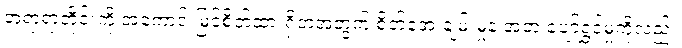
အရာရာတိုင်းကို အကောင်းမြင်စိတ်ထားရှိတဲ့အတွက် စိတ်အေးချမ်းမှုနဲ့ အတူ ပျော်ရွှင်မှုကိုလည်း